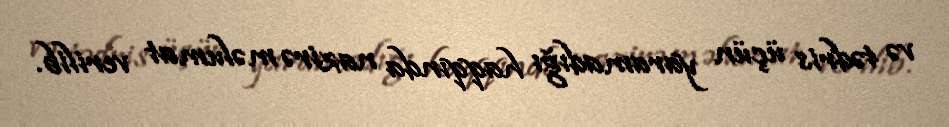
və tədris üçün yaramadığı haqqında nazirə məlumat verilib.